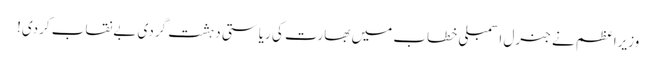
وزیراعظم نے جنرل اسمبلی خطاب میں بھارت کی ریاستی دہشت گردی بےنقاب کردی!